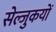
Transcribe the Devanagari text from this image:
सेल्जुकयों